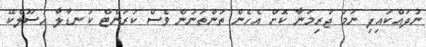
ނުދައްކައިފި ނަމަ ޖުރިމަނާ ކޮށް އެހެން ތަންތަނުން ވެސް ކަރަންޓް ކަނޑާލާ އުސޫލެކޭ